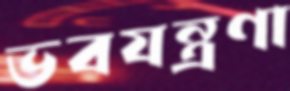
ভবযন্ত্রণা